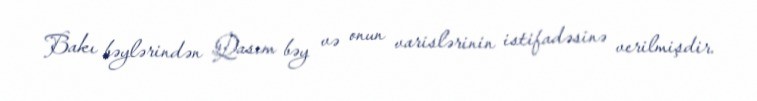
Bakı bəylərindən Qasım bəy və onun varislərinin istifadəsinə verilmişdir.